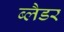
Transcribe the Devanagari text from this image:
ब्‍लैडर